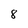
Character: 8